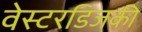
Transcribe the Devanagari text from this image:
वेस्टरडिजकी